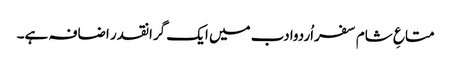
متاعِ شام سفراُردوادب میں ایک گرانقدر اضافہ ہے۔